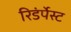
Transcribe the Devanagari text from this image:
रिडंर्पेस्ट